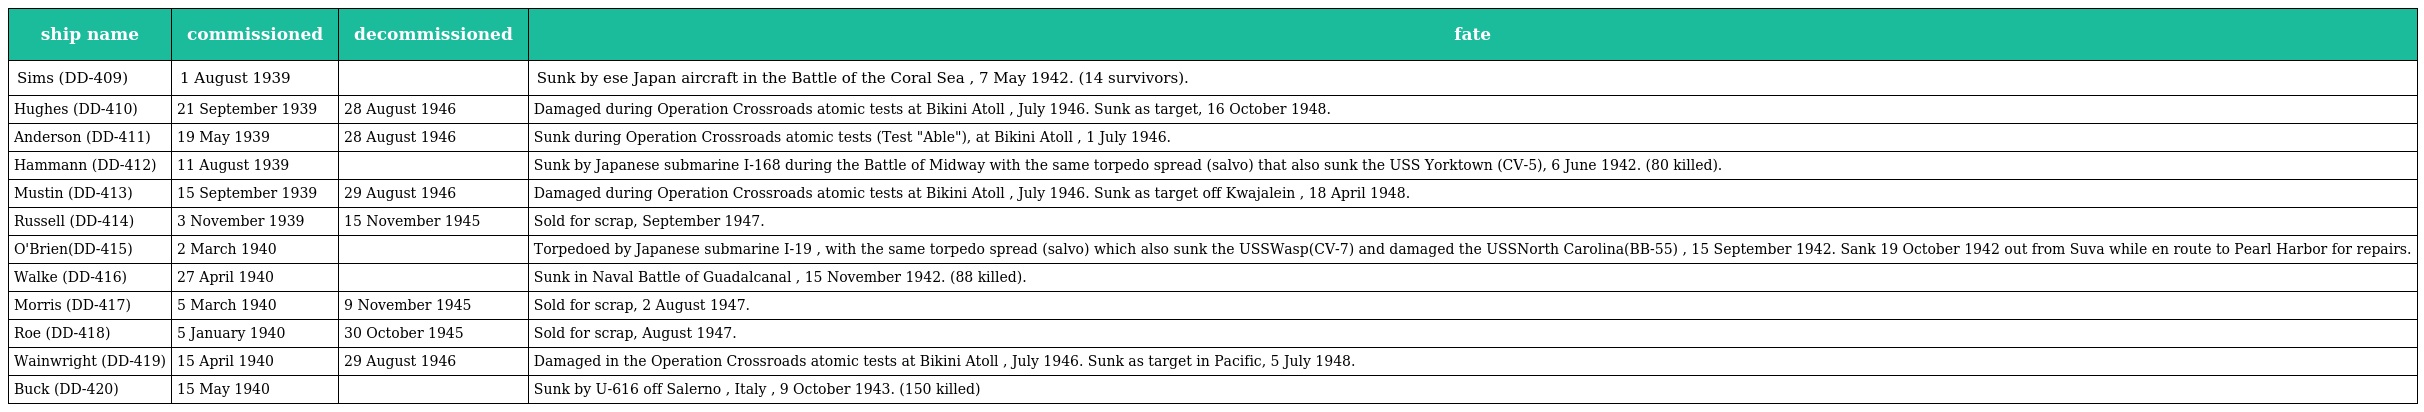
| ship name | commissioned | decommissioned | fate |
 | --- | --- | --- | --- |
 | Sims (DD-409) | 1 August 1939 |  | Sunk by ese Japan aircraft in the Battle of the Coral Sea , 7 May 1942. (14 survivors). |
 | Hughes (DD-410) | 21 September 1939 | 28 August 1946 | Damaged during Operation Crossroads atomic tests at Bikini Atoll , July 1946. Sunk as target, 16 October 1948. |
 | Anderson (DD-411) | 19 May 1939 | 28 August 1946 | Sunk during Operation Crossroads atomic tests (Test "Able"), at Bikini Atoll , 1 July 1946. |
 | Hammann (DD-412) | 11 August 1939 |  | Sunk by Japanese submarine I-168 during the Battle of Midway with the same torpedo spread (salvo) that also sunk the USS Yorktown (CV-5), 6 June 1942. (80 killed). |
 | Mustin (DD-413) | 15 September 1939 | 29 August 1946 | Damaged during Operation Crossroads atomic tests at Bikini Atoll , July 1946. Sunk as target off Kwajalein , 18 April 1948. |
 | Russell (DD-414) | 3 November 1939 | 15 November 1945 | Sold for scrap, September 1947. |
 | O'Brien(DD-415) | 2 March 1940 |  | Torpedoed by Japanese submarine I-19 , with the same torpedo spread (salvo) which also sunk the USSWasp(CV-7) and damaged the USSNorth Carolina(BB-55) , 15 September 1942. Sank 19 October 1942 out from Suva while en route to Pearl Harbor for repairs. |
 | Walke (DD-416) | 27 April 1940 |  | Sunk in Naval Battle of Guadalcanal , 15 November 1942. (88 killed). |
 | Morris (DD-417) | 5 March 1940 | 9 November 1945 | Sold for scrap, 2 August 1947. |
 | Roe (DD-418) | 5 January 1940 | 30 October 1945 | Sold for scrap, August 1947. |
 | Wainwright (DD-419) | 15 April 1940 | 29 August 1946 | Damaged in the Operation Crossroads atomic tests at Bikini Atoll , July 1946. Sunk as target in Pacific, 5 July 1948. |
 | Buck (DD-420) | 15 May 1940 |  | Sunk by U-616 off Salerno , Italy , 9 October 1943. (150 killed) |